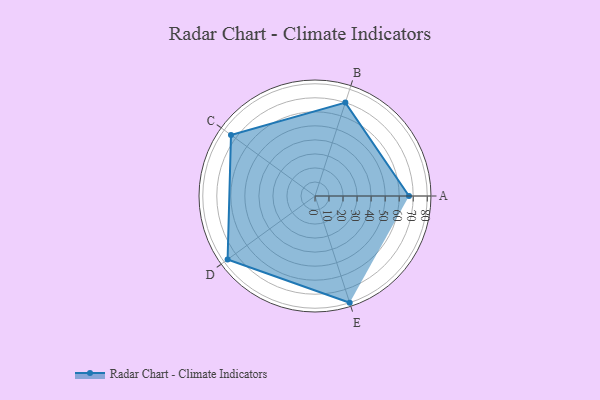
{"axis": {"x": "Skill", "y": "Score"}, "legend": ["Profile"], "data": [{"x": "A", "y": 67.0, "type": "Profile"}, {"x": "B", "y": 70.0, "type": "Profile"}, {"x": "C", "y": 74.0, "type": "Profile"}, {"x": "D", "y": 77.0, "type": "Profile"}, {"x": "E", "y": 80.0, "type": "Profile"}]}